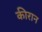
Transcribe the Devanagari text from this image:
कीरान